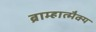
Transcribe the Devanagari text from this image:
ब्राम्हात्मैक्य